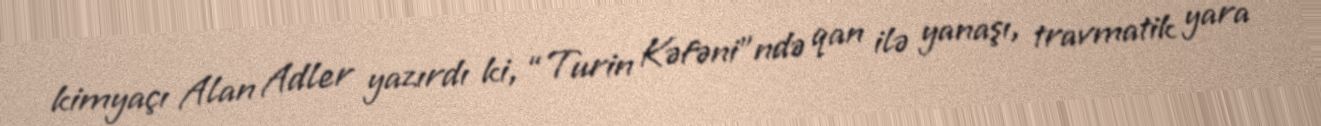
kimyaçı Alan Adler yazırdı ki, “Turin Kəfəni”ndə qan ilə yanaşı, travmatik yara